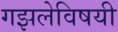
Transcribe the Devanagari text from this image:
गझलेविषयी